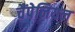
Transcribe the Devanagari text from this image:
चैंपेनियन